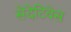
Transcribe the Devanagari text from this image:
सेदेटिवेस